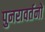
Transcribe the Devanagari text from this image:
पुनरावर्तनों